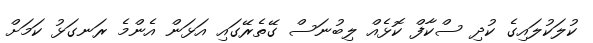
ކުލަކުލައިގެ ކުދި ސްކާފް ކޮޅެއް ލިބުނަސް ގޭތެރޭގައި އަޅަން އެންމެ ރަނގަޅު ކަމަށް